Leaving Certificate Examination, 1922
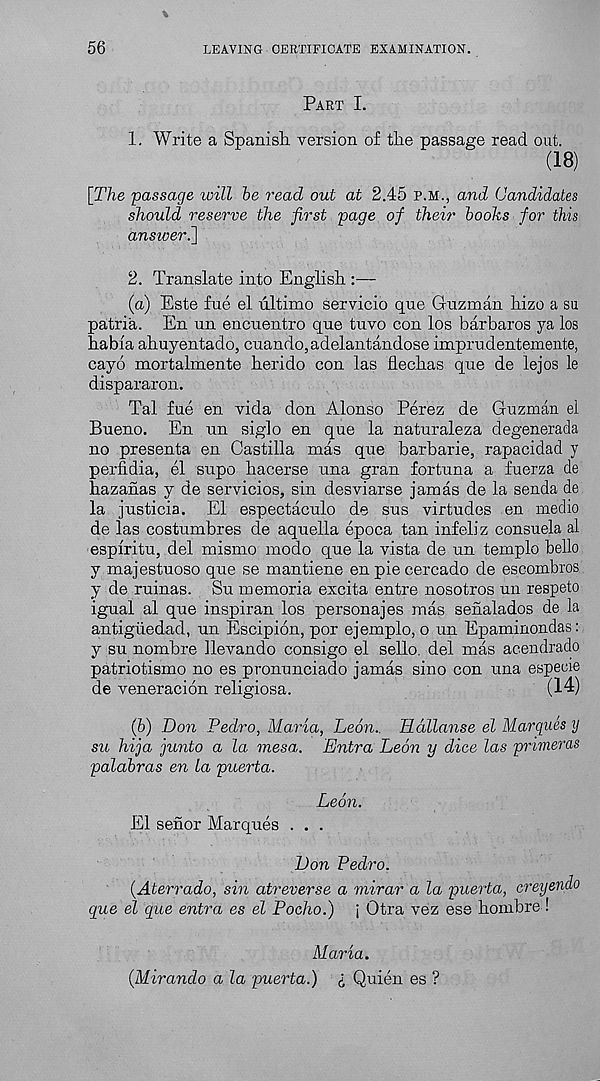
56
LEAVING CERTIFICATE EXAMINATION.
Part I.
1. Write a Spanish, version of the passage read out.
(IB)
[The passage will be read out at 2.45 P.M., and Candidates
should reserve the first page of their books for this
anstoeri]
2. Translate into English :—
(а) Este fue el ultimo servicio que Guzman hizo a su
patria. En un encuentro que tuvo con los barbaros ya los
habia ahuyentado, cuando,adelantandose imprudentemente,
cayo mortalmente herido con las flechas que de lejos le
dispararon.
Tal fue en vida don Alonso Perez de Guzman el
Bueno. En un siglo en que la naturaleza degenerada
no presenta en Castilla mas que barbarie, rapacidad y
perfidia, el supo hacerse una gran fortuna a fuerza de
hazanas y de servicios, sin desviarse jamas de la senda de
la justicia. El espectaculo de sus virtudes en medio
de las costumbres de aquella epoca tan infeli z consuela al
espiritu, del mismo modo que la vista de un templo bello
y majestuoso que se mantiene en pie cercado de eseombros
y de ruinas. Su memoria excita entre nosotros un respeto
igual al que inspiran los personajes mas senalados de la
antiguedad, un Escipion, por ejemplo, o un Epaminondas:
y su nombre llevando consigo el sello. del mas acendrado
patriotismo no es pronunciado jamas sino con una especie
de veneracion religiosa.
(14)
(б) Don Pedro, Maria, Leon.. lidllanse el Marques y
su hija junto a la mesa. Entra Leon y dice las primeras
palabras en la puerta.
Leon.
El senor Marques . . .
Don Pedro.
(Aterrado, sin atreverse a mirar a la puerta, creyendo
que el que entra es el Pocho.) j Otra vez ese hombre !
Maria.
{Miranda a la puerta.) I Quien es ?